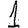
Digit: 1